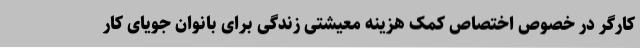
کارگر در خصوص اختصاص کمک هزینه معیشتی زندگی برای بانوان جویای کار